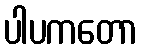
ပါပကတော